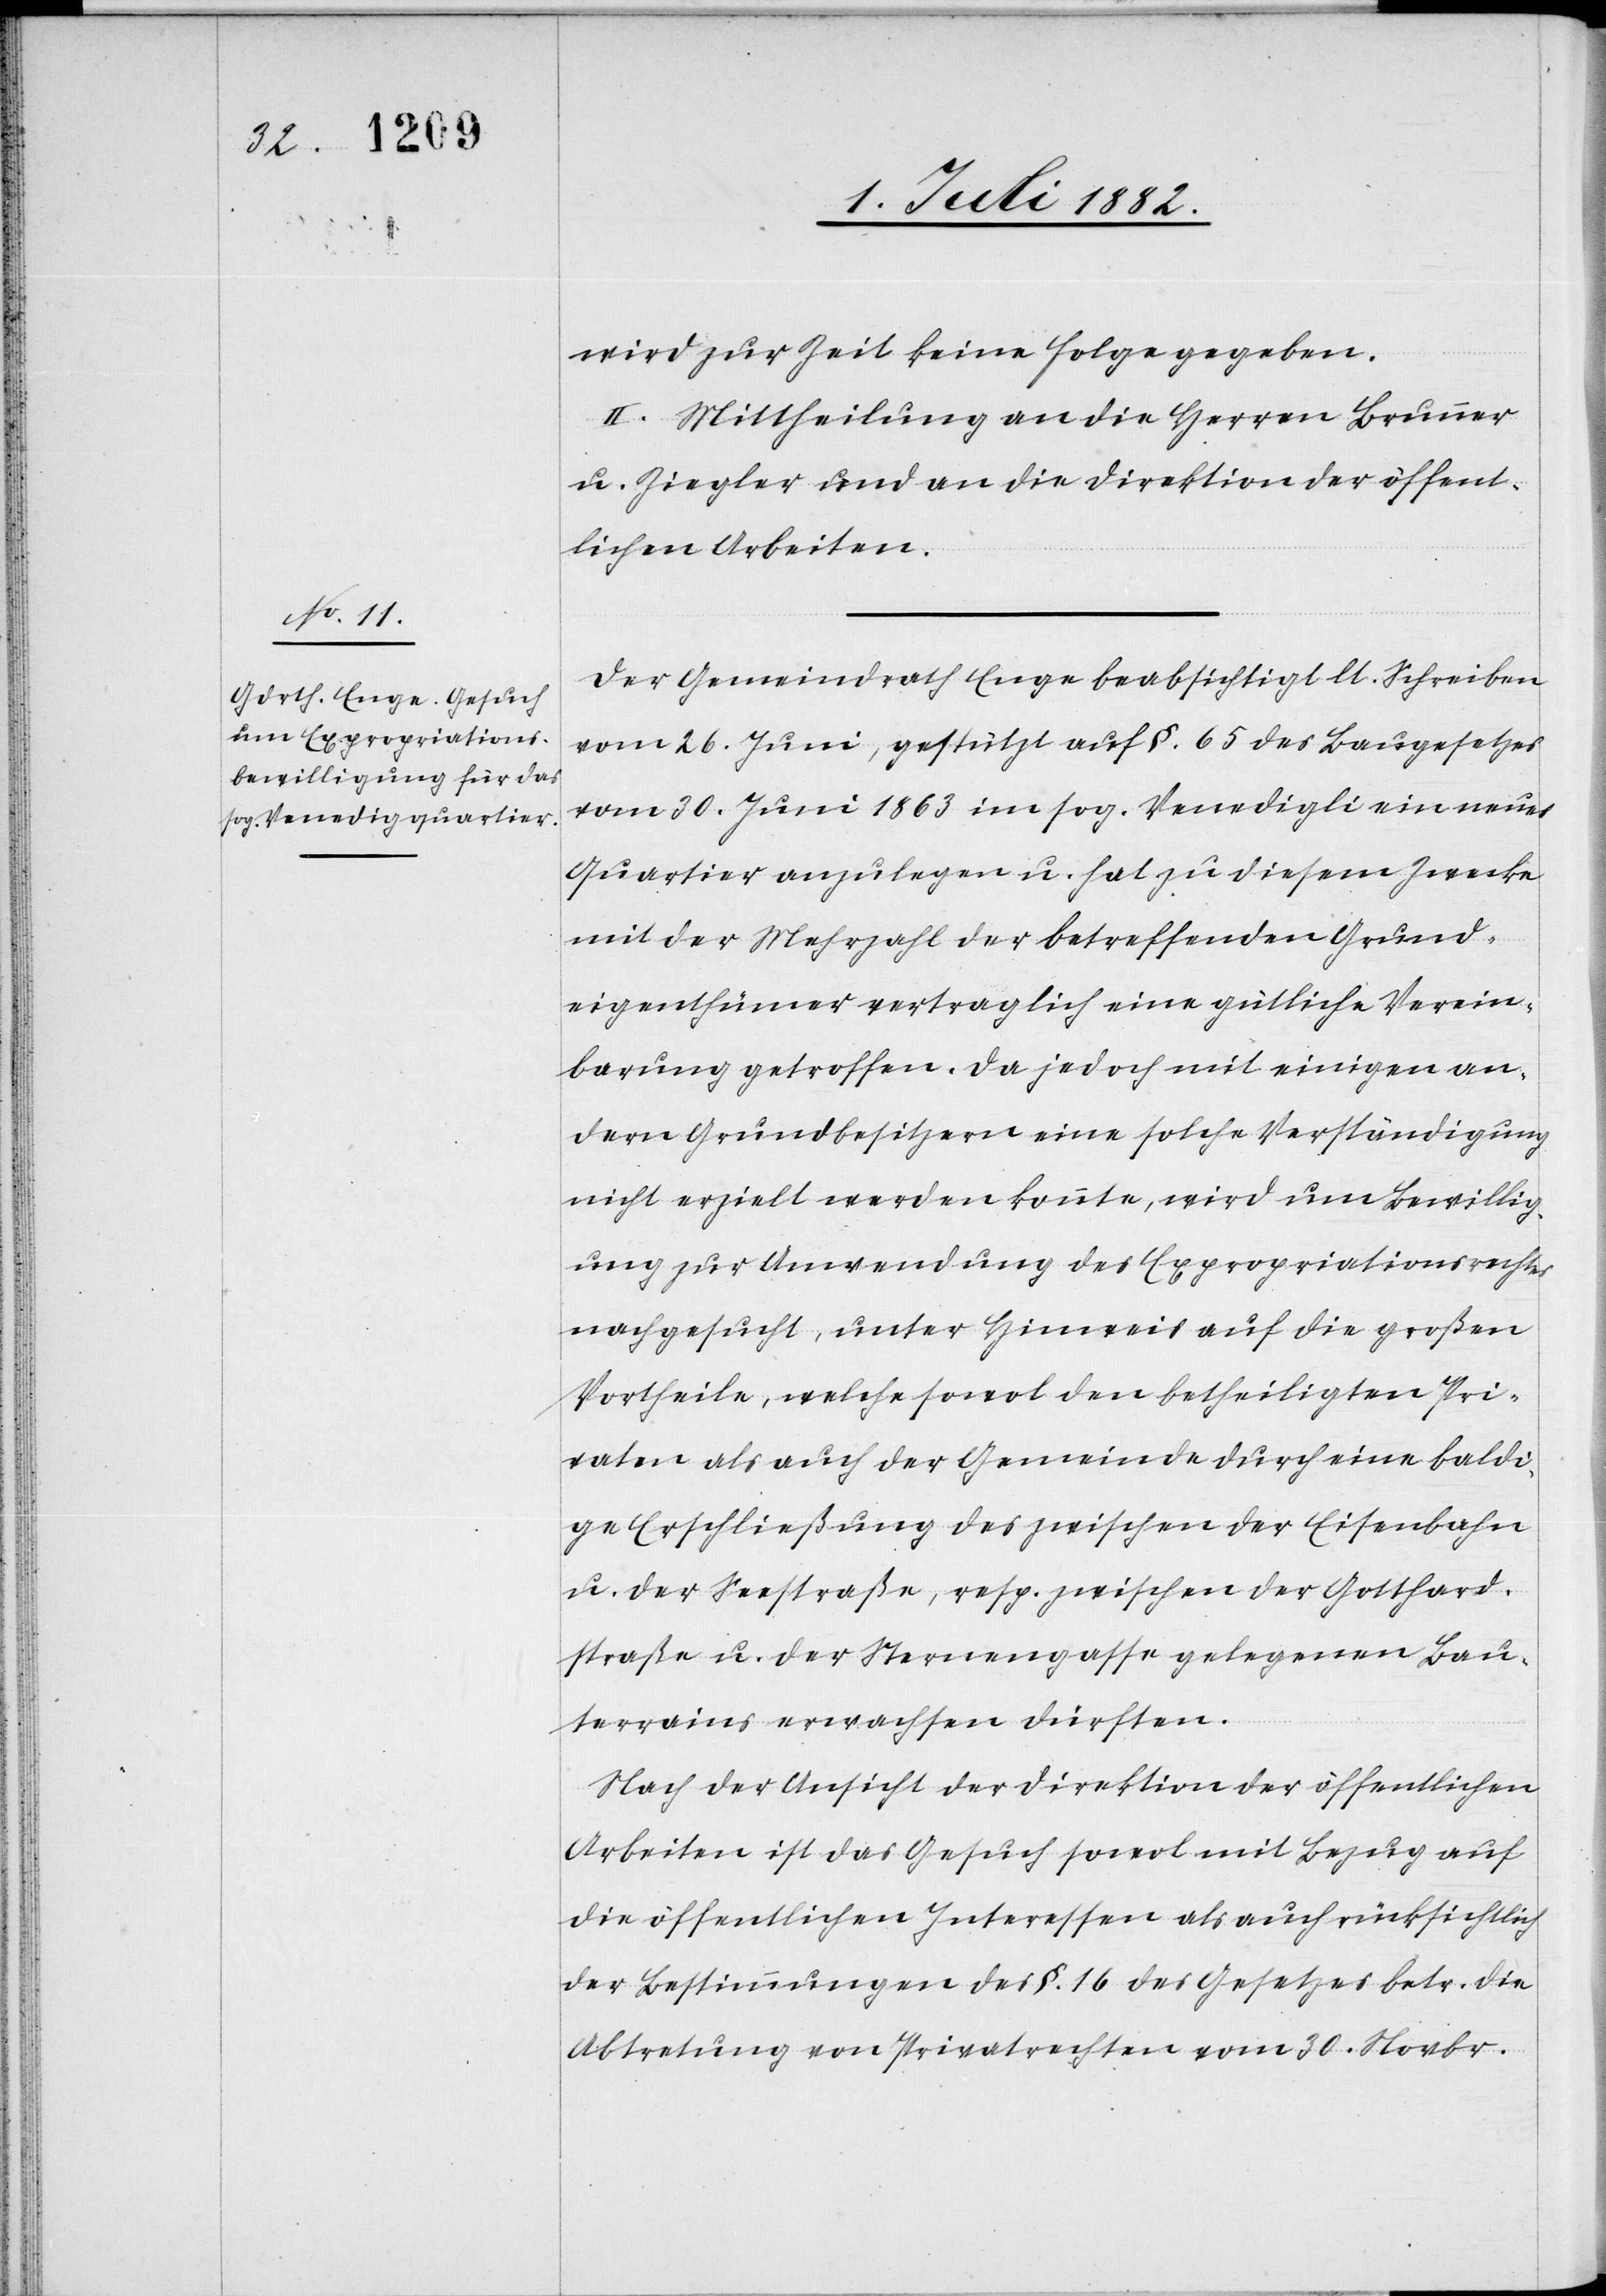
wird zur Zeit keine Folge gegeben.
II. Mittheilung an die Herren Brunner
u. Ziegler und an die Direktion der öffent¬
lichen Arbeiten.
Der Gemeindrath Enge beabsichtigt lt. Schreiben
vom 26. Juni, gestützt auf §. 65 des Baugesetzes
vom 30. Juni 1863 im sog. Venedigli ein neues
Quartier anzulegen u. hat zu diesem Zwecke
mit der Mehrzahl der betreffenden Grund¬
eigenthümer vertraglich eine gütliche Verein¬
barung getroffen. Da jedoch mit einigen an¬
dern Grundbesitzern eine solche Verständigung
nicht erzielt werden konnte, wird um Bewillig¬
ung zur Anwendung des Expropriationsrechtes
nachgesucht, unter Hinweis auf die großen
Vortheile, welche sowol den betheiligten Pri¬
vaten als auch der Gemeinde durch eine baldi¬
ge Erschließung des zwischen der Eisenbahn
u. der Seestraße, resp. zwischen der Gotthard¬
straße u. der Sternengasse gelegenen Bau¬
terrains erwachsen dürften.
Nach der Ansicht der Direktion der öffentlichen
Arbeiten ist das Gesuch sowol mit Bezug auf
die öffentlichen Interessen als auch rücksichtlich
der Bestimmungen des §. 16 des Gesetzes betr. die
Abtretung von Privatrechten vom 30. Novbr.